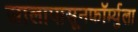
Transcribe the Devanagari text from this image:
सालापासूनफॉर्म्युला